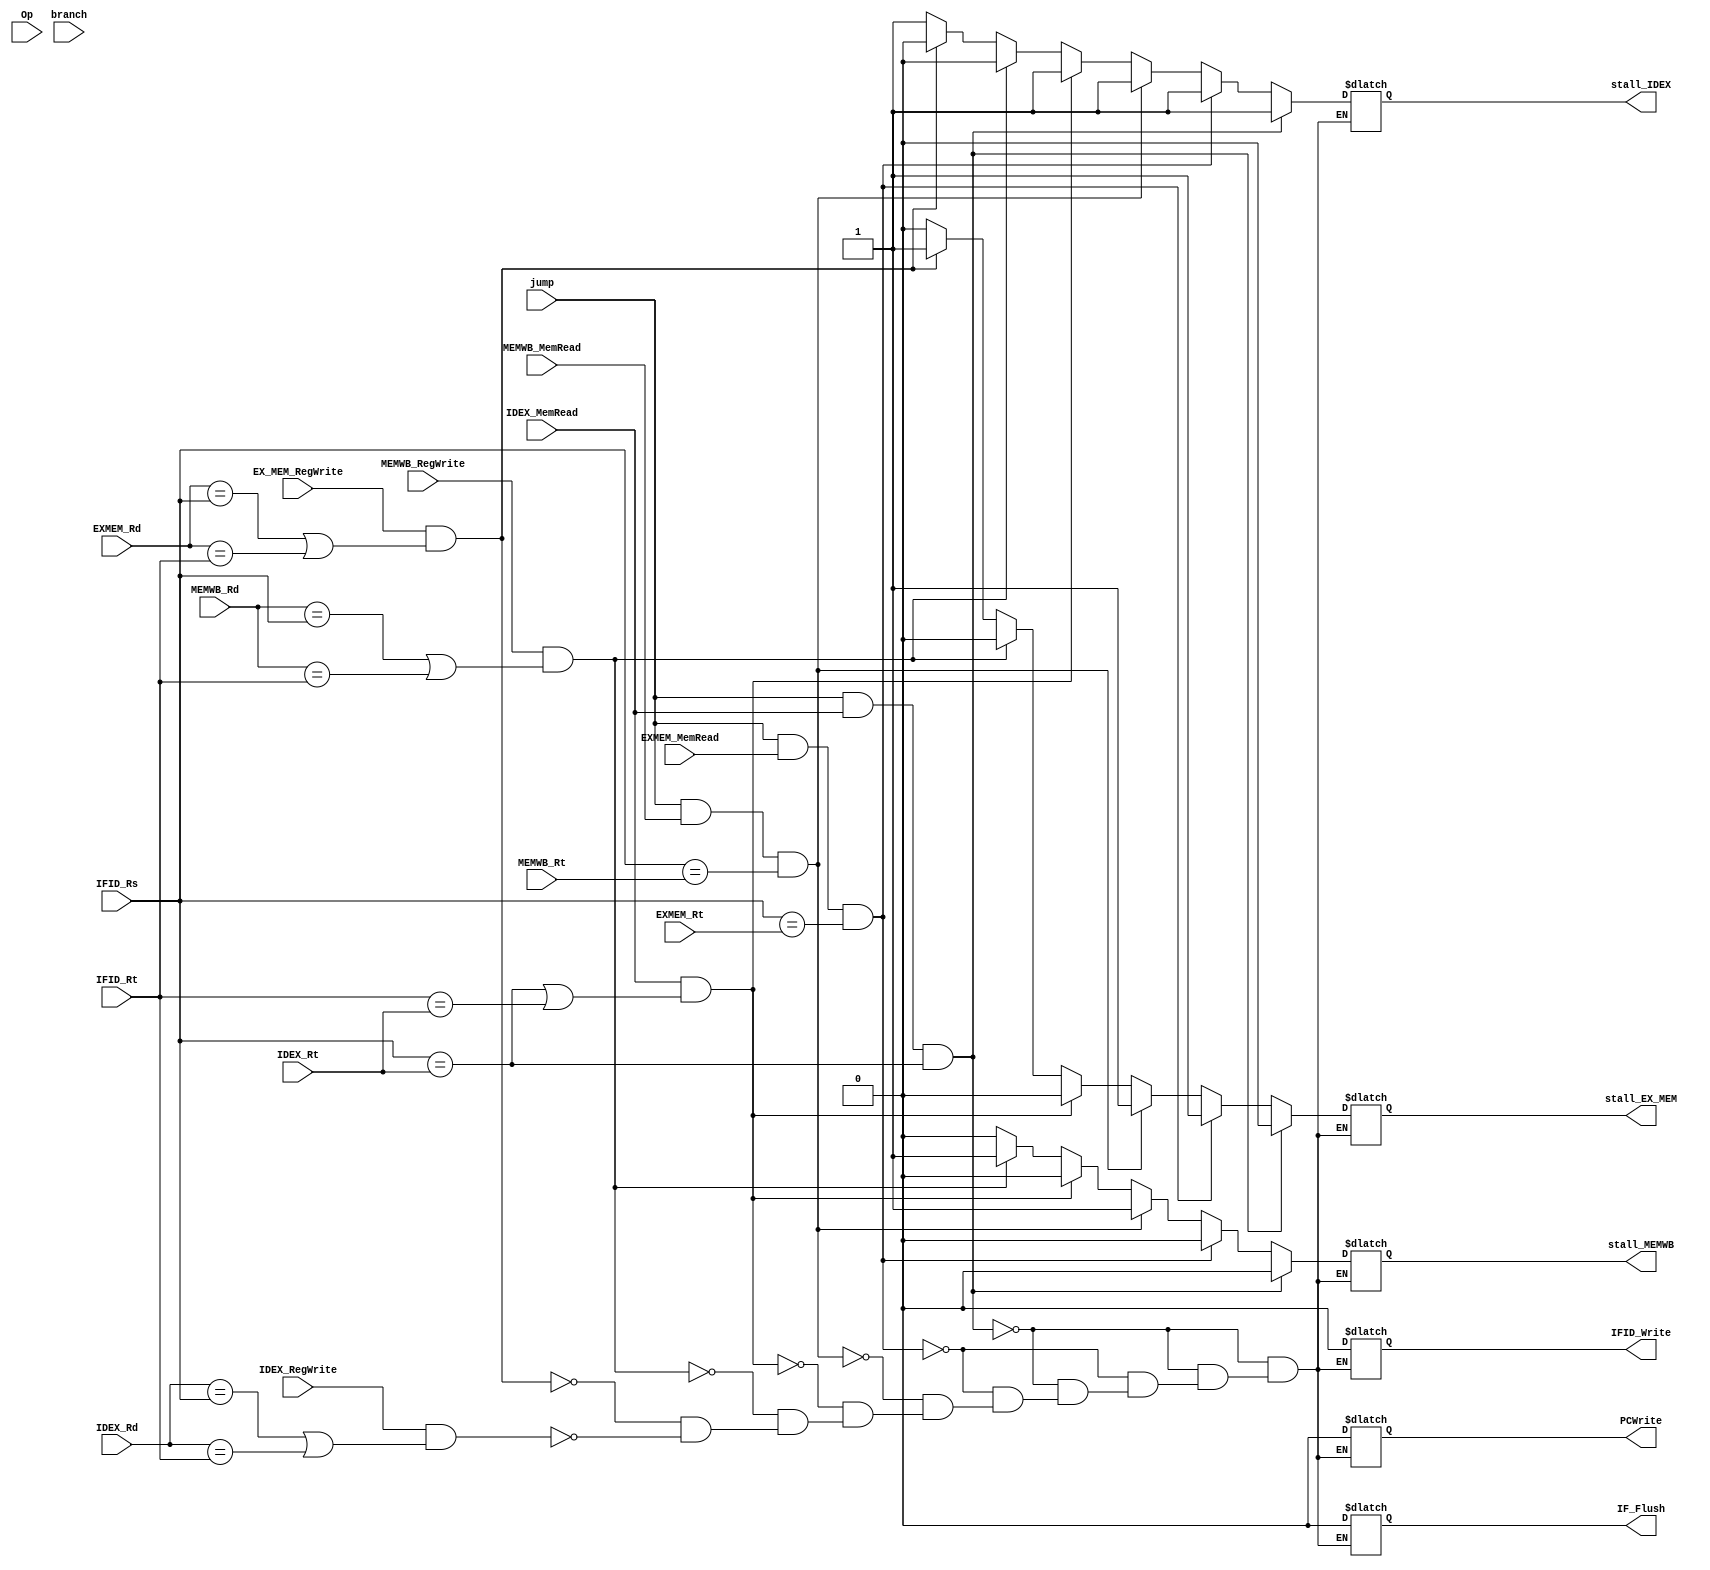
`timescale 1ns / 1ps
// Opcodes for
// lw  = 6'd35      lw rt, imm(rs) # rt = mem[imm + rs]
// jr = 6'd0
// beq = 6'd5

module HazardDetection(    
    IFID_Rs, IFID_Rt, //separate stages on sepeare lines , and registers are alphabetically aranged
    IDEX_Rt, IDEX_Rd, IDEX_MemRead, IDEX_RegWrite,
    EXMEM_Rd, EXMEM_Rt, EXMEM_MemRead, EX_MEM_RegWrite,
    MEMWB_Rd, MEMWB_Rt, MEMWB_MemRead,  MEMWB_RegWrite, 
    Op, jump, branch,  //inputs
    stall_IDEX, stall_EX_MEM, stall_MEMWB, //outputs
    IFID_Write, PCWrite, IF_Flush 
    );
    
    input IDEX_MemRead, IDEX_RegWrite,
    EXMEM_MemRead, EX_MEM_RegWrite,
    MEMWB_MemRead,  MEMWB_RegWrite;
    
    input [4:0] IFID_Rs, IFID_Rt,
    IDEX_Rd, IDEX_Rt, 
    EXMEM_Rd, EXMEM_Rt, 
    MEMWB_Rd, MEMWB_Rt; 
    
    
    input [5:0] Op;
    input  jump, branch;
    output reg stall_IDEX, stall_EX_MEM, stall_MEMWB; // 1 to stall/insert zeros
    output reg IFID_Write, PCWrite, IF_Flush; // 1 means to do the action implied 
    
    initial begin
    //nothin yet
    end
    
    always @(*) begin
    //fix what would normally be caught by forwarding
    //r-type followed by another r-type
    if((IDEX_RegWrite == 1) && ((IDEX_Rd == IFID_Rs) | (IDEX_Rd == IFID_Rt))) begin
        stall_IDEX = 1;
        stall_EX_MEM = 0;
        stall_MEMWB = 0;
        IFID_Write = 0;
        PCWrite = 0;
        IF_Flush = 0;
    end
    if((EX_MEM_RegWrite == 1) && ((EXMEM_Rd == IFID_Rs) | (EXMEM_Rd == IFID_Rt))) begin
        stall_IDEX = 0;
        stall_EX_MEM = 1;
        stall_MEMWB = 0;
        IFID_Write = 0;
        PCWrite = 0;
        IF_Flush = 0;
    end
    if((MEMWB_RegWrite == 1) && ((MEMWB_Rd == IFID_Rs) | (MEMWB_Rd == IFID_Rt))) begin
        stall_IDEX = 0;
        stall_EX_MEM = 0;
        stall_MEMWB = 1;
        IFID_Write = 0;
        PCWrite = 0;
        IF_Flush = 0;
    end
    //i-type followed by any other
    
    //normal hazard detection
    //lw
    if(IDEX_MemRead==1 && ((IFID_Rs==IDEX_Rt) | (IFID_Rt==IDEX_Rt))) begin
        stall_IDEX = 1;
        stall_EX_MEM = 0;
        stall_MEMWB = 0;
        IFID_Write = 0;
        PCWrite = 0;
        IF_Flush = 0;
    end
    
   
    
    
    //RAHEL'S CASES BEGIN
    //lw followed by jump
    if (jump == 1 && IDEX_MemRead == 1 &&  IFID_Rs == IDEX_Rt) begin
        stall_IDEX = 1;
        stall_EX_MEM = 0;
        stall_MEMWB = 0;
        IFID_Write = 0; PCWrite = 0; IF_Flush = 0;
    end
    // F    EX   MEM
    //JUMP NOP   LW 
    else if (jump == 1 && EXMEM_MemRead == 1 &&  IFID_Rs == EXMEM_Rt) begin 
        stall_IDEX = 1; // DO WE ZERO THIS OUT?
        stall_EX_MEM = 1;
        stall_MEMWB = 0;
        IFID_Write = 0; PCWrite = 0; IF_Flush = 0;
    end
    
    else if (jump == 1 && MEMWB_MemRead == 1 &&  IFID_Rs == MEMWB_Rt) begin 
        stall_IDEX = 1; // DO WE ZERO THIS OUT?
        stall_EX_MEM = 1; // DO WE ZERO THIS OUT?
        stall_MEMWB = 1; 
        IFID_Write = 0; PCWrite = 0; IF_Flush = 0;
    end
        
    //RAHEL'S CASES END
    end
endmodule